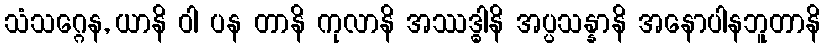
သံသဂ္ဂေန, ယာနိ ဝါ ပန တာနိ ကုလာနိ အဿဒ္ဓါနိ အပ္ပသန္နာနိ အနောပါနဘူတာနိ